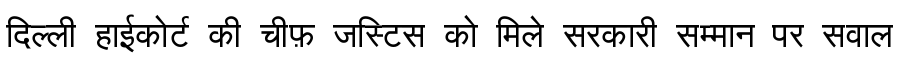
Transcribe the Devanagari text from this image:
दिल्ली हाईकोर्ट की चीफ़ जस्टिस को मिले सरकारी सम्मान पर सवाल